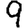
Digit: 9